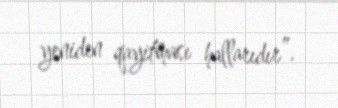
yeniden qayitması hallarıdır”.